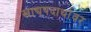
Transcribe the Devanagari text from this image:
खाद्यपदार्थावर